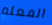
المعلم